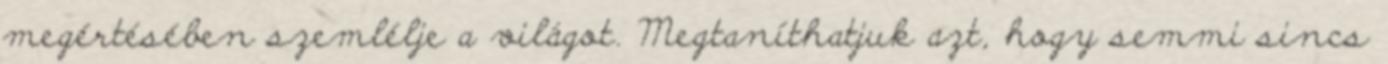
megértésében szemlélje a világot. Megtaníthatjuk azt, hogy semmi sincs